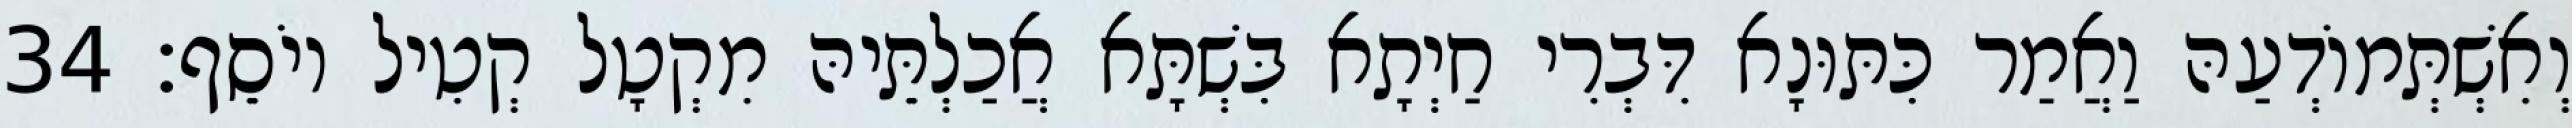
וְאִשְׁתְּמוֹדְעַהּ וַאֲמַר כִּתּוּנָא דִּבְרִי חַיְתָא בִּשְׁתָּא אֲכַלְתֵּיהּ מִקְטָל קְטִיל יוֹסֵף׃ 34